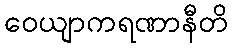
ဝေယျာကရဏာနီတိ